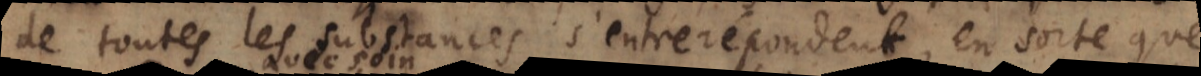
de toutes les substances s’entrerepondent, en sorte que